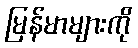
မြန်မာများကို